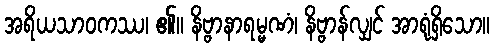
အရိယသာဝကဿ၊ ၏။ နိဗ္ဗာနာရမ္မဏံ၊ နိဗ္ဗာန်လျှင် အာရုံရှိသော။